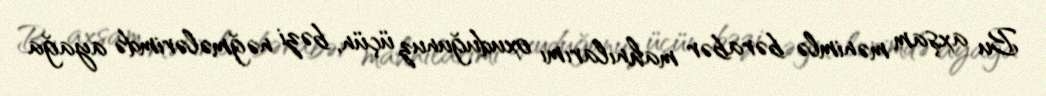
Bu axşam mənimlə bərabər mahnılarımı oxuduğunuz üçün, bəzi nəğmələrimdə ayağa